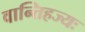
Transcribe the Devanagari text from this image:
वान्तिहज्यः